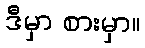
ဒီမှာ စားမှာ။